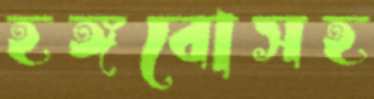
হঙ্গবোসহ